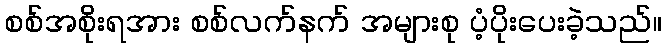
စစ်အစိုးရအား စစ်လက်နက် အများစု ပံ့ပိုးပေးခဲ့သည်။